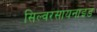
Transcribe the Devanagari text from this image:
सिल्वरसायनाइड